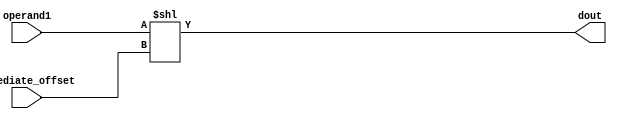
module alu_lsl(
  input [15:0] operand1,
  input [3:0] immediate_offset,
  output [15:0] dout);
  
  assign dout = operand1 << immediate_offset;
  
endmodule